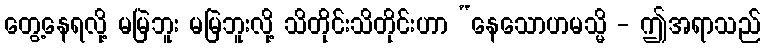
တွေ့နေရလို့ မမြဲဘူး မမြဲဘူးလို့ သိတိုင်းသိတိုင်းဟာ “နေသောဟမသ္မိ - ဤအရာသည်